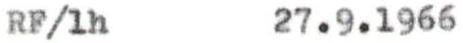
RF/1h 27.9.1966